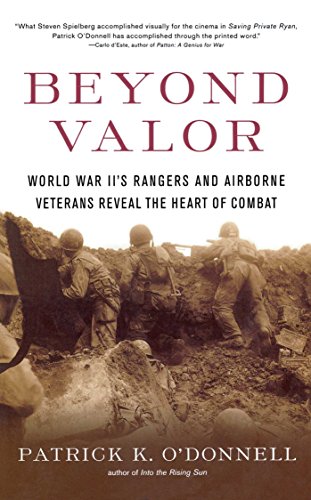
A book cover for Beyond Valor: World War II's Ranger and Airborne Veterans Reveal the Heart of Combat; Patrick K. O'Donnell; History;